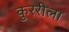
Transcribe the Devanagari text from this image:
कुररीला